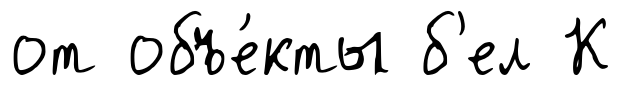
от объе́кты б'ел К